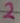
Text: 2